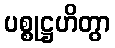
ပစ္စုဋ္ဌဟိတွာ